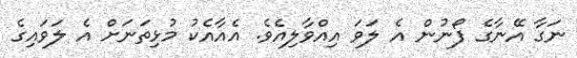
ނަގާ އޭނާގެ ފޯނުން އެ ލަވަ އިއްވާލިއެވެ. އެއާއެކު މުޅިތަނަށް އެ ލަވައިގެ